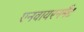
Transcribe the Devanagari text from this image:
एनवायरनमैंट